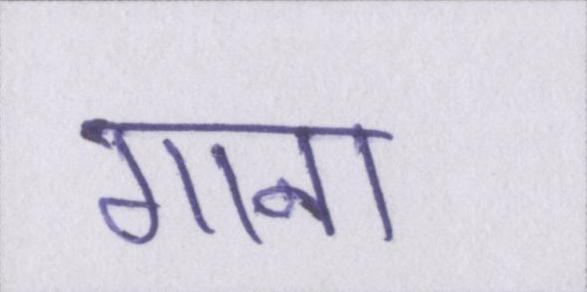
गाना